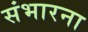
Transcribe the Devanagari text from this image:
संभारना